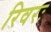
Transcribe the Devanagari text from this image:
रिवरः